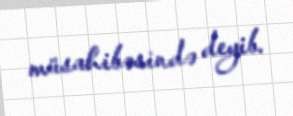
müsahibəsində deyib.